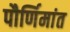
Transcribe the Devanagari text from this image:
पौर्णिमांत